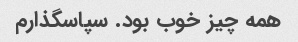
همه چیز خوب بود. سپاسگذارم